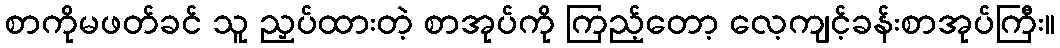
စာကိုမဖတ်ခင် သူ ညှပ်ထားတဲ့ စာအုပ်ကို ကြည့်တော့ လေ့ကျင့်ခန်းစာအုပ်ကြီး။